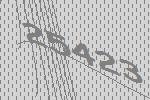
25423